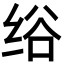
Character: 绤